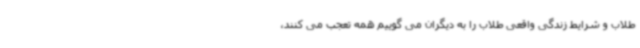
طلاب و شرایط زندگی واقعی طلاب را به دیگران می گوییم همه تعجب می کنند،